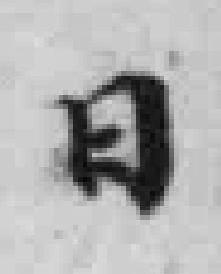
日